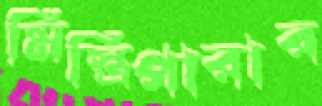
মিস্ত্রিপারার